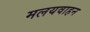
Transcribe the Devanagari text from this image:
मलयवाहन